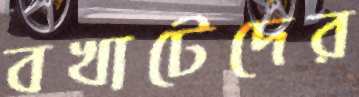
বখাটেদের